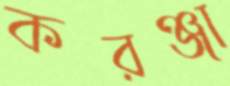
করঞ্জা